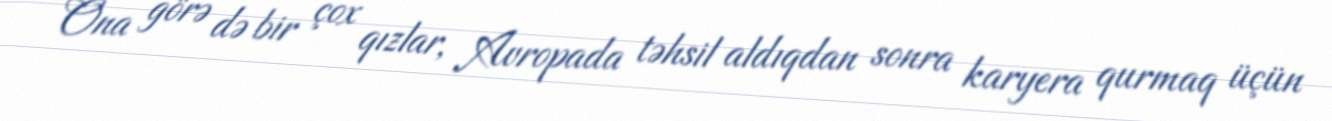
Ona görə də bir çox qızlar, Avropada təhsil aldıqdan sonra karyera qurmaq üçün